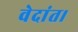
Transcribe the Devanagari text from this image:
वेदांत।